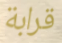
قرابة